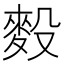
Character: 𪌓